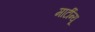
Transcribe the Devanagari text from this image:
मार्टीन्यू